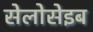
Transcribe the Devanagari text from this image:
सेलोसेइब